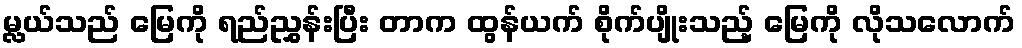
မ္လယ်သည် မြေကို ရည်ညွှန်းပြီး တာက ထွန်ယက် စိုက်ပျိုးသည့် မြေကို လိုသလောက်